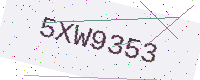
Text: 5XW9353